Lunatic asylums Punjab 1868-1880 - 1868-1880
Year: 1868
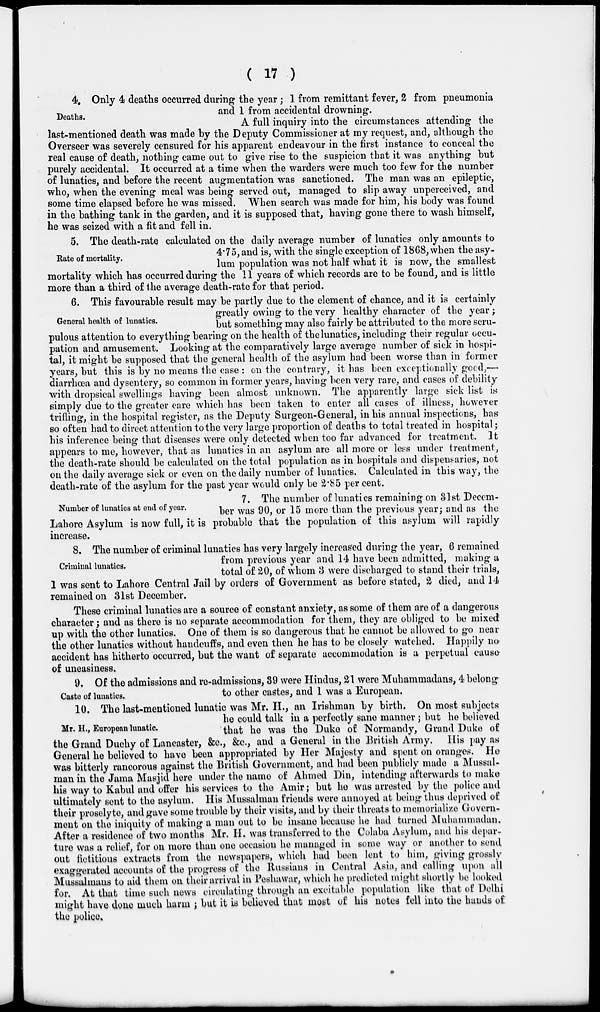
(17)
Deaths.
4. Only 4 deaths occurred during the year ; 1 from remittant fever, 2 from pneumonia
and 1 from accidental drowning.
A full inquiry into the circumstances attending the
last-mentioned death was made by the Deputy Commissioner at my request , and , although the
Overseer was severely censured for his apparent endeavour in the first instance to conceal the
real cause of death, nothing came out to give rise to the suspicion that it was anything but
purely accidental. It occurred at a time when the warders were much too few for the number
of lunatics, and before the recent augmentation was sanctioned. The man was an epileptic,
who, when the evening meal was being served out, managed to slip away unperceived, and
some time elapsed before he was missed. When search was made for him, his body was found
in the bathing tank in the garden, and it is supposed that, having gone there to wash himself,
he was seized with a fit and fell in.
Rate of mortality.
5. The death-rate calculated on the daily average number of lunatics only amounts to
4.75, and is, with the single exception of 1868, when the asy-
lum population was not half what it is now, the smallest
mortality which has occurred during the 11 years of which records are to be found, and is little
more than a third of the average death-rate for that period.
General health of lunatics.
6. This favourable result may be partly due to the element of chance, and it is certainly
greatly owing to the very healthy character of the year ;
but something may also fairly be attributed to the more scru-
pulous attention to everything bearing on the health of the lunatics, including their regular occu-
pation and amusement. Looking at the comparatively large average number of sick in hospi-
tal, it might be supposed that the general health of the asylum had been worse than in former
years, but this is by no means the case : on the contrary, it has been exceptionally good ,—
diarrhœa and dysentery, so common in former years, having been very rare, and cases of debility
with dropsical swellings having been almost unknown. The apparently large sick list is
simply due to the greater care which has been taken to enter all cases of illness, however
trifling, in the hospital register, as the Deputy Surgeon-General, in his annual inspections, has
so often had to direct attention to the very large proportion of deaths to total treated in hospital ;
his inference being that diseases were only detected when too far advanced for treatment. It
appears to me, however, that as lunatics in an asylum are all more or less under treatment,
the death-rate should be calculated on the total population as in hospitals and dispensaries, not
on the daily average sick or even on the daily number of lunatics. Calculated in this way, the
death-rate of the asylum for the past year would only be 2.85 per cent.
Number of lunatics at end of year.
7. The number of lunatics remaining on 31st Decem-
ber was 90, or 15 more than the previous year; and as the
Lahore Asylum is now full, it is probable that the population of this asylum will rapidly
increase.
Criminal lunatics.
8. The number of criminal lunatics has very largely increased during the year, 6 remained
from previous year and 14 have been admitted, making a
total of 20, of whom 3 were discharged to stand their trials,
1 was sent to Lahore Central Jail by orders of Government as before stated, 2 died, and 14
remained on 31st December.
These criminal lunatics are a source of constant anxiety, as some of them are of a dangerous
character ; and as there is no separate accommodation for them, they are obliged to be mixed
up with the other lunatics. One of them is so dangerous that he cannot be allowed to go near
the other lunatics without handcuffs, and even then he has to be closely watched. Happily no
accident has hitherto occurred, but the want of separate accommodation is a perpetual cause
of uneasiness.
Caste of lunatics.
9. Of the admissions and re-admissions, 39 were Hindus, 21 were Muhammadans, 4 belong
to other castes, and 1 was a European.
Mr. H., European lunatic.
10. The last-mentioned lunatic was Mr. H., an Irishman by birth. On most subjects
he could talk in a perfectly sane manner; but he believed
that he was the Duke of Normandy, Grand Duke of
the Grand Duchy of Lancaster, &c., &c., and a General in the British Army. His pay as
General he believed to have been appropriated by Her Majesty and spent on oranges. He
was bitterly rancorous against the British Government, and had been publicly made a Mussal-
man in the Jama Masjid here under the name of Ahmed Din, intending afterwards to make
his way to Kabul and offer his services to the Amir; but he was arrested by the police and
ultimately sent to the asylum. His Mussalman friends were annoyed at being thus deprived of
their proselyte, and gave some trouble by their visits, and by their threats to memorialize Govern-
ment on the iniquity of making a man out to be insane because he had turned Muhammadan.
After a residence of two months Mr. H. was transferred to the Colaba Asylum, and his depar-
ture was a relief, for on more than one occasion he managed in some way or another to send
out fictitious extracts from the newspapers, which had been lent to him, giving grossly
exaggerated accounts of the progress of the Russians in Central Asia, and calling upon all
Mussalmans to aid them on their arrival in Peshawar, which he predicted might shortly be looked
for. At that time such news circulating through an excitable population like that of Delhi
might have done much harm ; but it is believed that most of his notes fell into the hands of
the police.